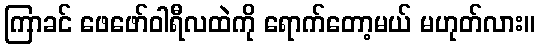
ကြာခင် ဖေဖော်ဝါရီလထဲကို ရောက်တော့မယ် မဟုတ်လား။